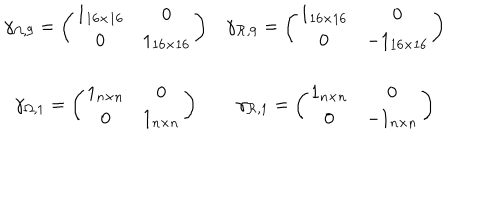
LaTeX: \begin{array} { c c } { { \gamma _ { \Omega , 9 } = \left( \begin{array} { c c } { { 1 _ { 1 6 \times 1 6 } } } & { { 0 } } \\ { { 0 } } & { { 1 _ { 1 6 \times 1 6 } } } \\ \end{array} \right) } } & { { \gamma _ { { \cal R } , 9 } = \left( \begin{array} { c c } { { 1 _ { 1 6 \times 1 6 } } } & { { 0 } } \\ { { 0 } } & { { - 1 _ { 1 6 \times 1 6 } } } \\ \end{array} \right) } } \\ { { { } } } & { { { } } } \\ { { \gamma _ { \Omega , 1 } = \left( \begin{array} { c c } { { 1 _ { n \times n } } } & { { 0 } } \\ { { 0 } } & { { 1 _ { n \times n } } } \\ \end{array} \right) } } & { { \gamma _ { { \cal R } , 1 } = \left( \begin{array} { c c } { { 1 _ { n \times n } } } & { { 0 } } \\ { { 0 } } & { { - 1 _ { n \times n } } } \\ \end{array} \right) } } \\ \end{array}